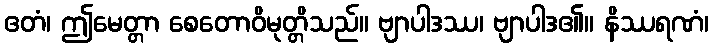
ဧတံ၊ ဤမေတ္တာ စေတောဝိမုတ္တိသည်။ ဗျာပါဒဿ၊ ဗျာပါဒ၏။ နိဿရဏံ၊